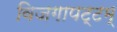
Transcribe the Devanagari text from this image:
विजगापट्टम्